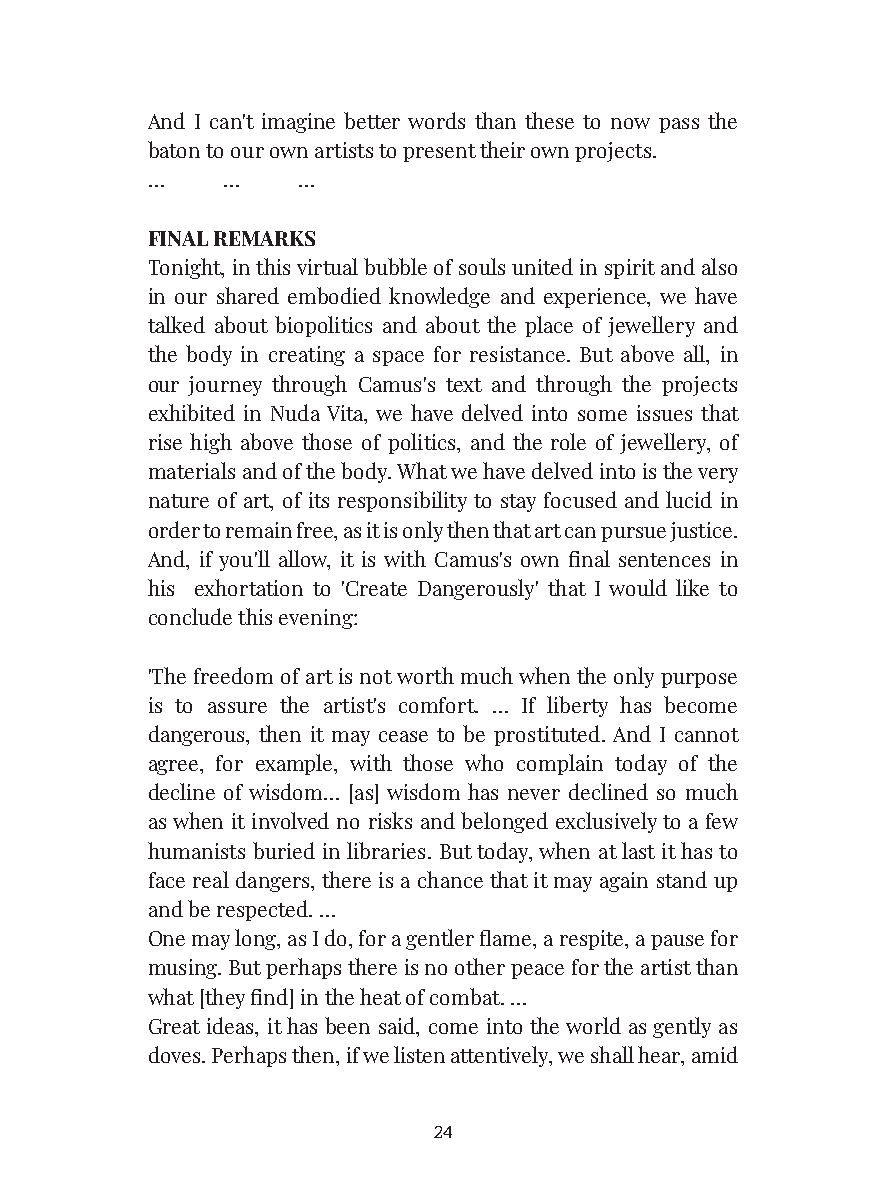
And I can't imagine better words than these to now pass the
 baton to our own artists to present their own projects.
 …    …    …
 FINAL REMARKS
 Tonight, in this virtual bubble of souls united in spirit and also
 in our shared embodied knowledge and experience, we have
 talked about biopolitics and about the place of jewellery and
 the body in creating a space for resistance. But above all, in
 our journey through Camus's text and through the projects
 exhibited in Nuda Vita, we have delved into some issues that
 rise high above those of politics, and the role of jewellery, of
 materials and of the body. What we have delved into is the very
 nature of art, of its responsibility to stay focused and lucid in
 order to remain free, as it is only then that art can pursue justice.
 And, if you'll allow, it is with Camus's own final sentences in
 his exhortation to 'Create Dangerously' that I would like to
 conclude this evening:
 'The freedom of art is not worth much when the only purpose
 is to assure the artist's comfort. … If liberty has become
 dangerous, then it may cease to be prostituted. And I cannot
 agree, for example, with those who complain today of the
 decline of wisdom… [as] wisdom has never declined so much
 as when it involved no risks and belonged exclusively to a few
 humanists buried in libraries. But today, when at last it has to
 face real dangers, there is a chance that it may again stand up
 and be respected. …
 One may long, as I do, for a gentler flame, a respite, a pause for
 musing. But perhaps there is no other peace for the artist than
 what [they find] in the heat of combat. …
 Great ideas, it has been said, come into the world as gently as
 doves. Perhaps then, if we listen attentively, we shall hear, amid
 24